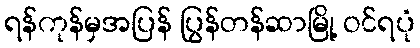
ရန်ကုန်မှအပြန် ပြွန်တန်ဆာမြို့ ဝင်ရပုံ